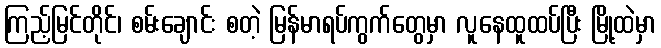
ကြည့်မြင်တိုင်၊ စမ်းချောင်း စတဲ့ မြန်မာရပ်ကွက်တွေမှာ လူနေထူထပ်ပြီး မြို့ထဲမှာ